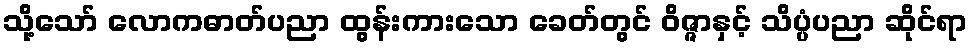
သို့သော် လောကဓာတ်ပညာ ထွန်းကားသော ခေတ်တွင် ဝိဇ္ဇာနှင့် သိပ္ပံပညာ ဆိုင်ရာ